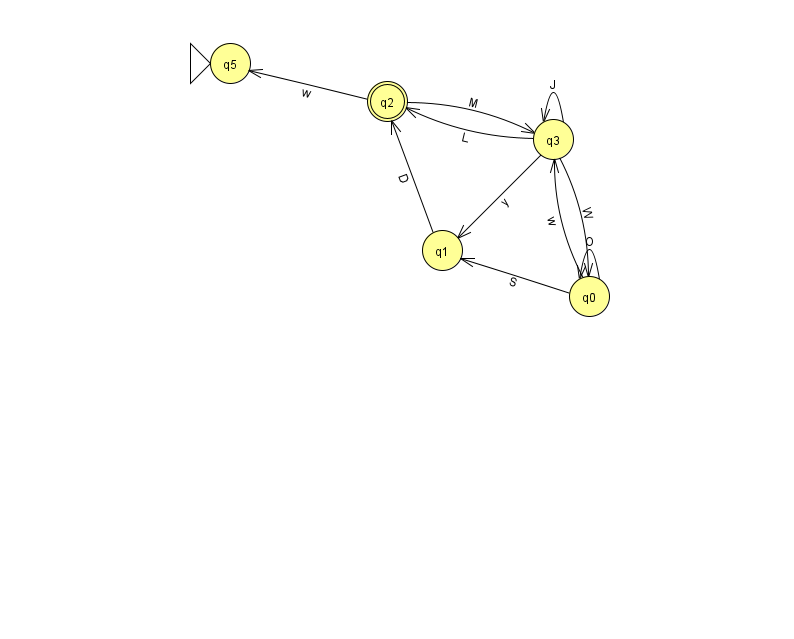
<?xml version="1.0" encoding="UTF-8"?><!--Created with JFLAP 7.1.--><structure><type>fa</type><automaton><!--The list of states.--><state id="0" name="q0"><x>589.0</x><y>283.0</y></state><state id="1" name="q1"><x>442.0</x><y>237.0</y></state><state id="2" name="q2"><x>387.0</x><y>88.0</y><final/></state><state id="3" name="q3"><x>553.0</x><y>126.0</y></state><state id="4" name="q4"><x>891.0</x><y>547.0</y></state><state id="5" name="q5"><x>230.0</x><y>50.0</y><initial/></state><!--The list of transitions.--><transition><from>3</from><to>1</to><read>y</read></transition><transition><from>0</from><to>3</to><read>w</read></transition><transition><from>3</from><to>0</to><read>W</read></transition><transition><from>4</from><to>4</to><read>f</read></transition><transition><from>0</from><to>1</to><read>S</read></transition><transition><from>3</from><to>3</to><read>J</read></transition><transition><from>2</from><to>5</to><read>w</read></transition><transition><from>1</from><to>2</to><read>D</read></transition><transition><from>3</from><to>2</to><read>L</read></transition><transition><from>0</from><to>0</to><read>O</read></transition><transition><from>2</from><to>3</to><read>M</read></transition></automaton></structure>